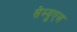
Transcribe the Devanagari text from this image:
सेम्युएल